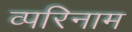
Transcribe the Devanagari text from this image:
व्परिनाम